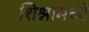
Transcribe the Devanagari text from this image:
शिश्नामध्ये